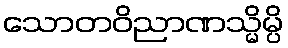
သောတဝိညာဏသ္မိမ္ပိ